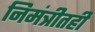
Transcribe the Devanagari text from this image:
निमंत्रीतही